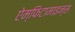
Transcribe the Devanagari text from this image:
ऐम्फिटामाइन्स